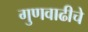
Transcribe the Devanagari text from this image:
गुणवाढीचे